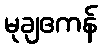
မုချဧကန်